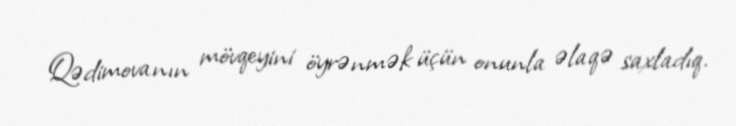
Qədimovanın mövqeyini öyrənmək üçün onunla əlaqə saxladıq.